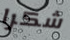
شكرا